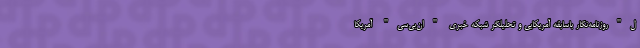
ل"روزنامه‌نگار باسابقه آمریکایی و تحلیلگر شبکه خبری "ان‌بی‌سی" آمریکا